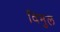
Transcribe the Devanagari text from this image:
विमुल